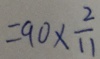
= 9 0 \times \frac { 2 } { 1 1 }